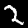
Label: 2